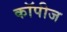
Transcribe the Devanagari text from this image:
कॉपीज